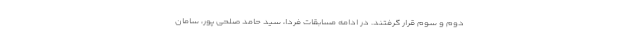
دوم و سوم قرار گرفتند. در ادامه مسابقات فردا، سید حامد صلحی پور، سامان